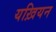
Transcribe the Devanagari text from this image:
यख़ियन